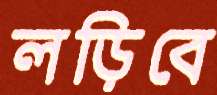
লড়িবে